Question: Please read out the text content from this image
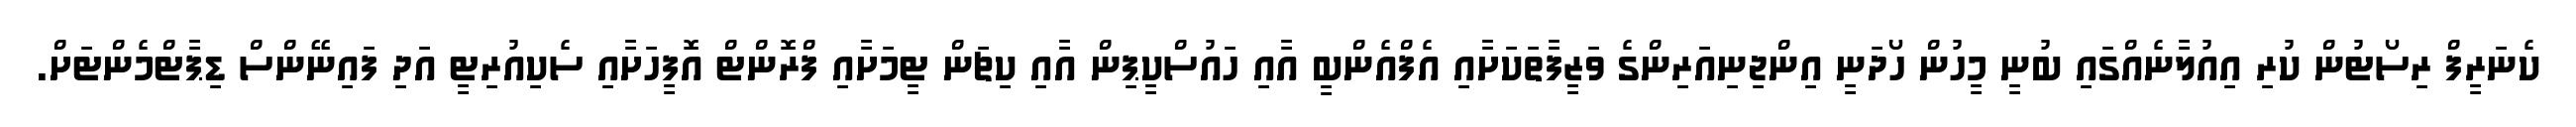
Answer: ކެނަރީފް ރިސޯޓުން ކުރި އިއުލާނެއްގައި ބުނީ މީހުން ހޯދަނީ އިންޖިނިއަރިންގެ ވަޒީފާތަކަށާއި އެފްއެންބީ އާއި ހައުސްކީޕިން އާއި ކިޗަން ޓީމަށާއި ފްރޮންޓް އޮފީހަށާއި ސެކިއުރިޓީ އަދި ފައިނޭންސް ޑިޕާޓްމެންޓަށް.